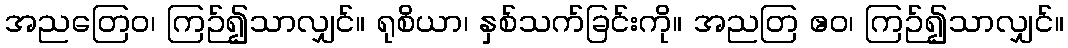
အညတြေဝ၊ ကြဉ်၍သာလျှင်။ ရုစိယာ၊ နှစ်သက်ခြင်းကို။ အညတြ ဧဝ၊ ကြဉ်၍သာလျှင်။